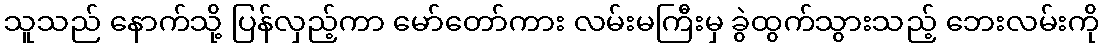
သူသည် နောက်သို့ ပြန်လှည့်ကာ မော်တော်ကား လမ်းမကြီးမှ ခွဲထွက်သွားသည့် ဘေးလမ်းကို